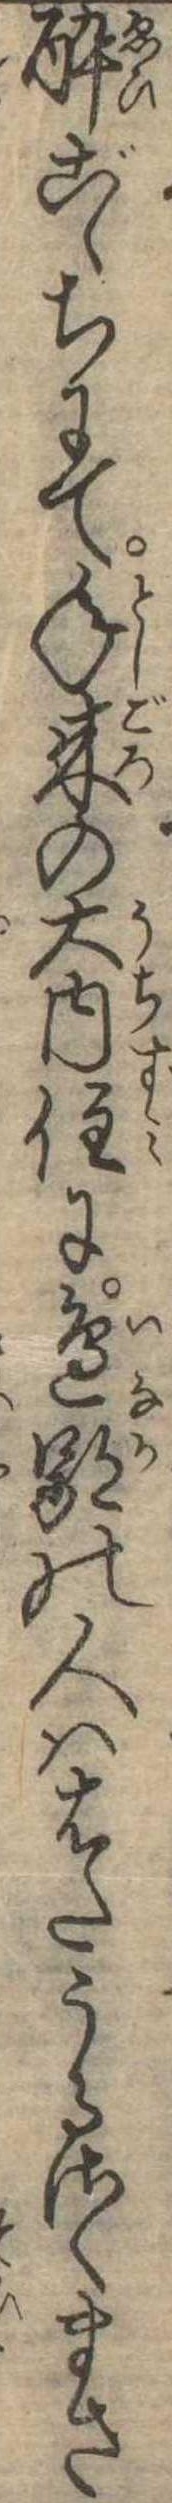
酔ごゝちにて年来の大内住に辺鄙の人ははたうるさくまさ